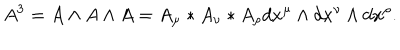
LaTeX: A ^ { 3 } = A \wedge A \wedge A = A _ { \mu } * A _ { \nu } * A _ { \rho } d x ^ { \mu } \wedge d x ^ { \nu } \wedge d x ^ { \rho } .